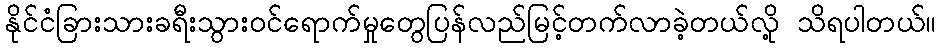
နိုင်ငံခြားသားခရီးသွားဝင်ရောက်မှုတွေပြန်လည်မြင့်တက်လာခဲ့တယ်လို့ သိရပါတယ်။